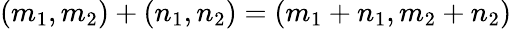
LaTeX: (m_{1},m_{2})+(n_{1},n_{2})=(m_{1}+n_{1},m_{2}+n_{2})